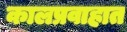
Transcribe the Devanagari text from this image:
कालप्रवाहात